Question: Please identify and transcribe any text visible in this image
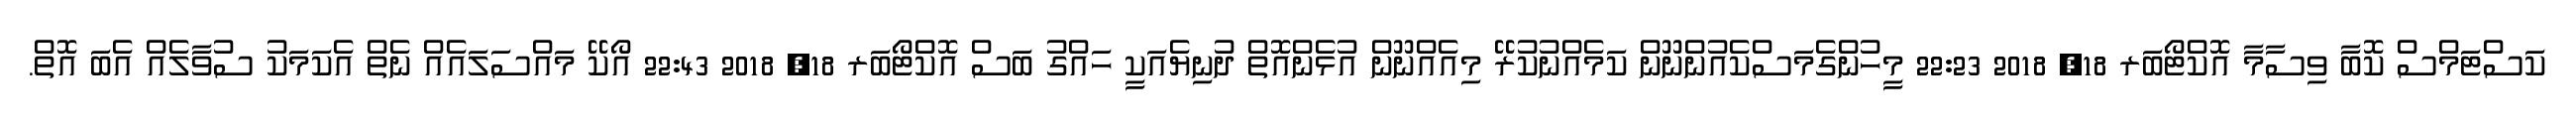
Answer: ކަސްޓަމްސް ކޮބާ ވިސާމާ އޮކްޓޯބަރ 18, 2018 22:23 މީހުންގެމަސްކެއުންނޫން ކަމެއްނުކުރޭ މިއެއްނޫން އުޅެންއޮތް ދުނިޔެއަކީ ހައްގު ބަސް އޮކްޓޯބަރ 18, 2018 22:43 އޯކޭ މައްސަލައެއް ނެތް އެކަމަކު ސުވާލެއް އެބަ އޮތް.